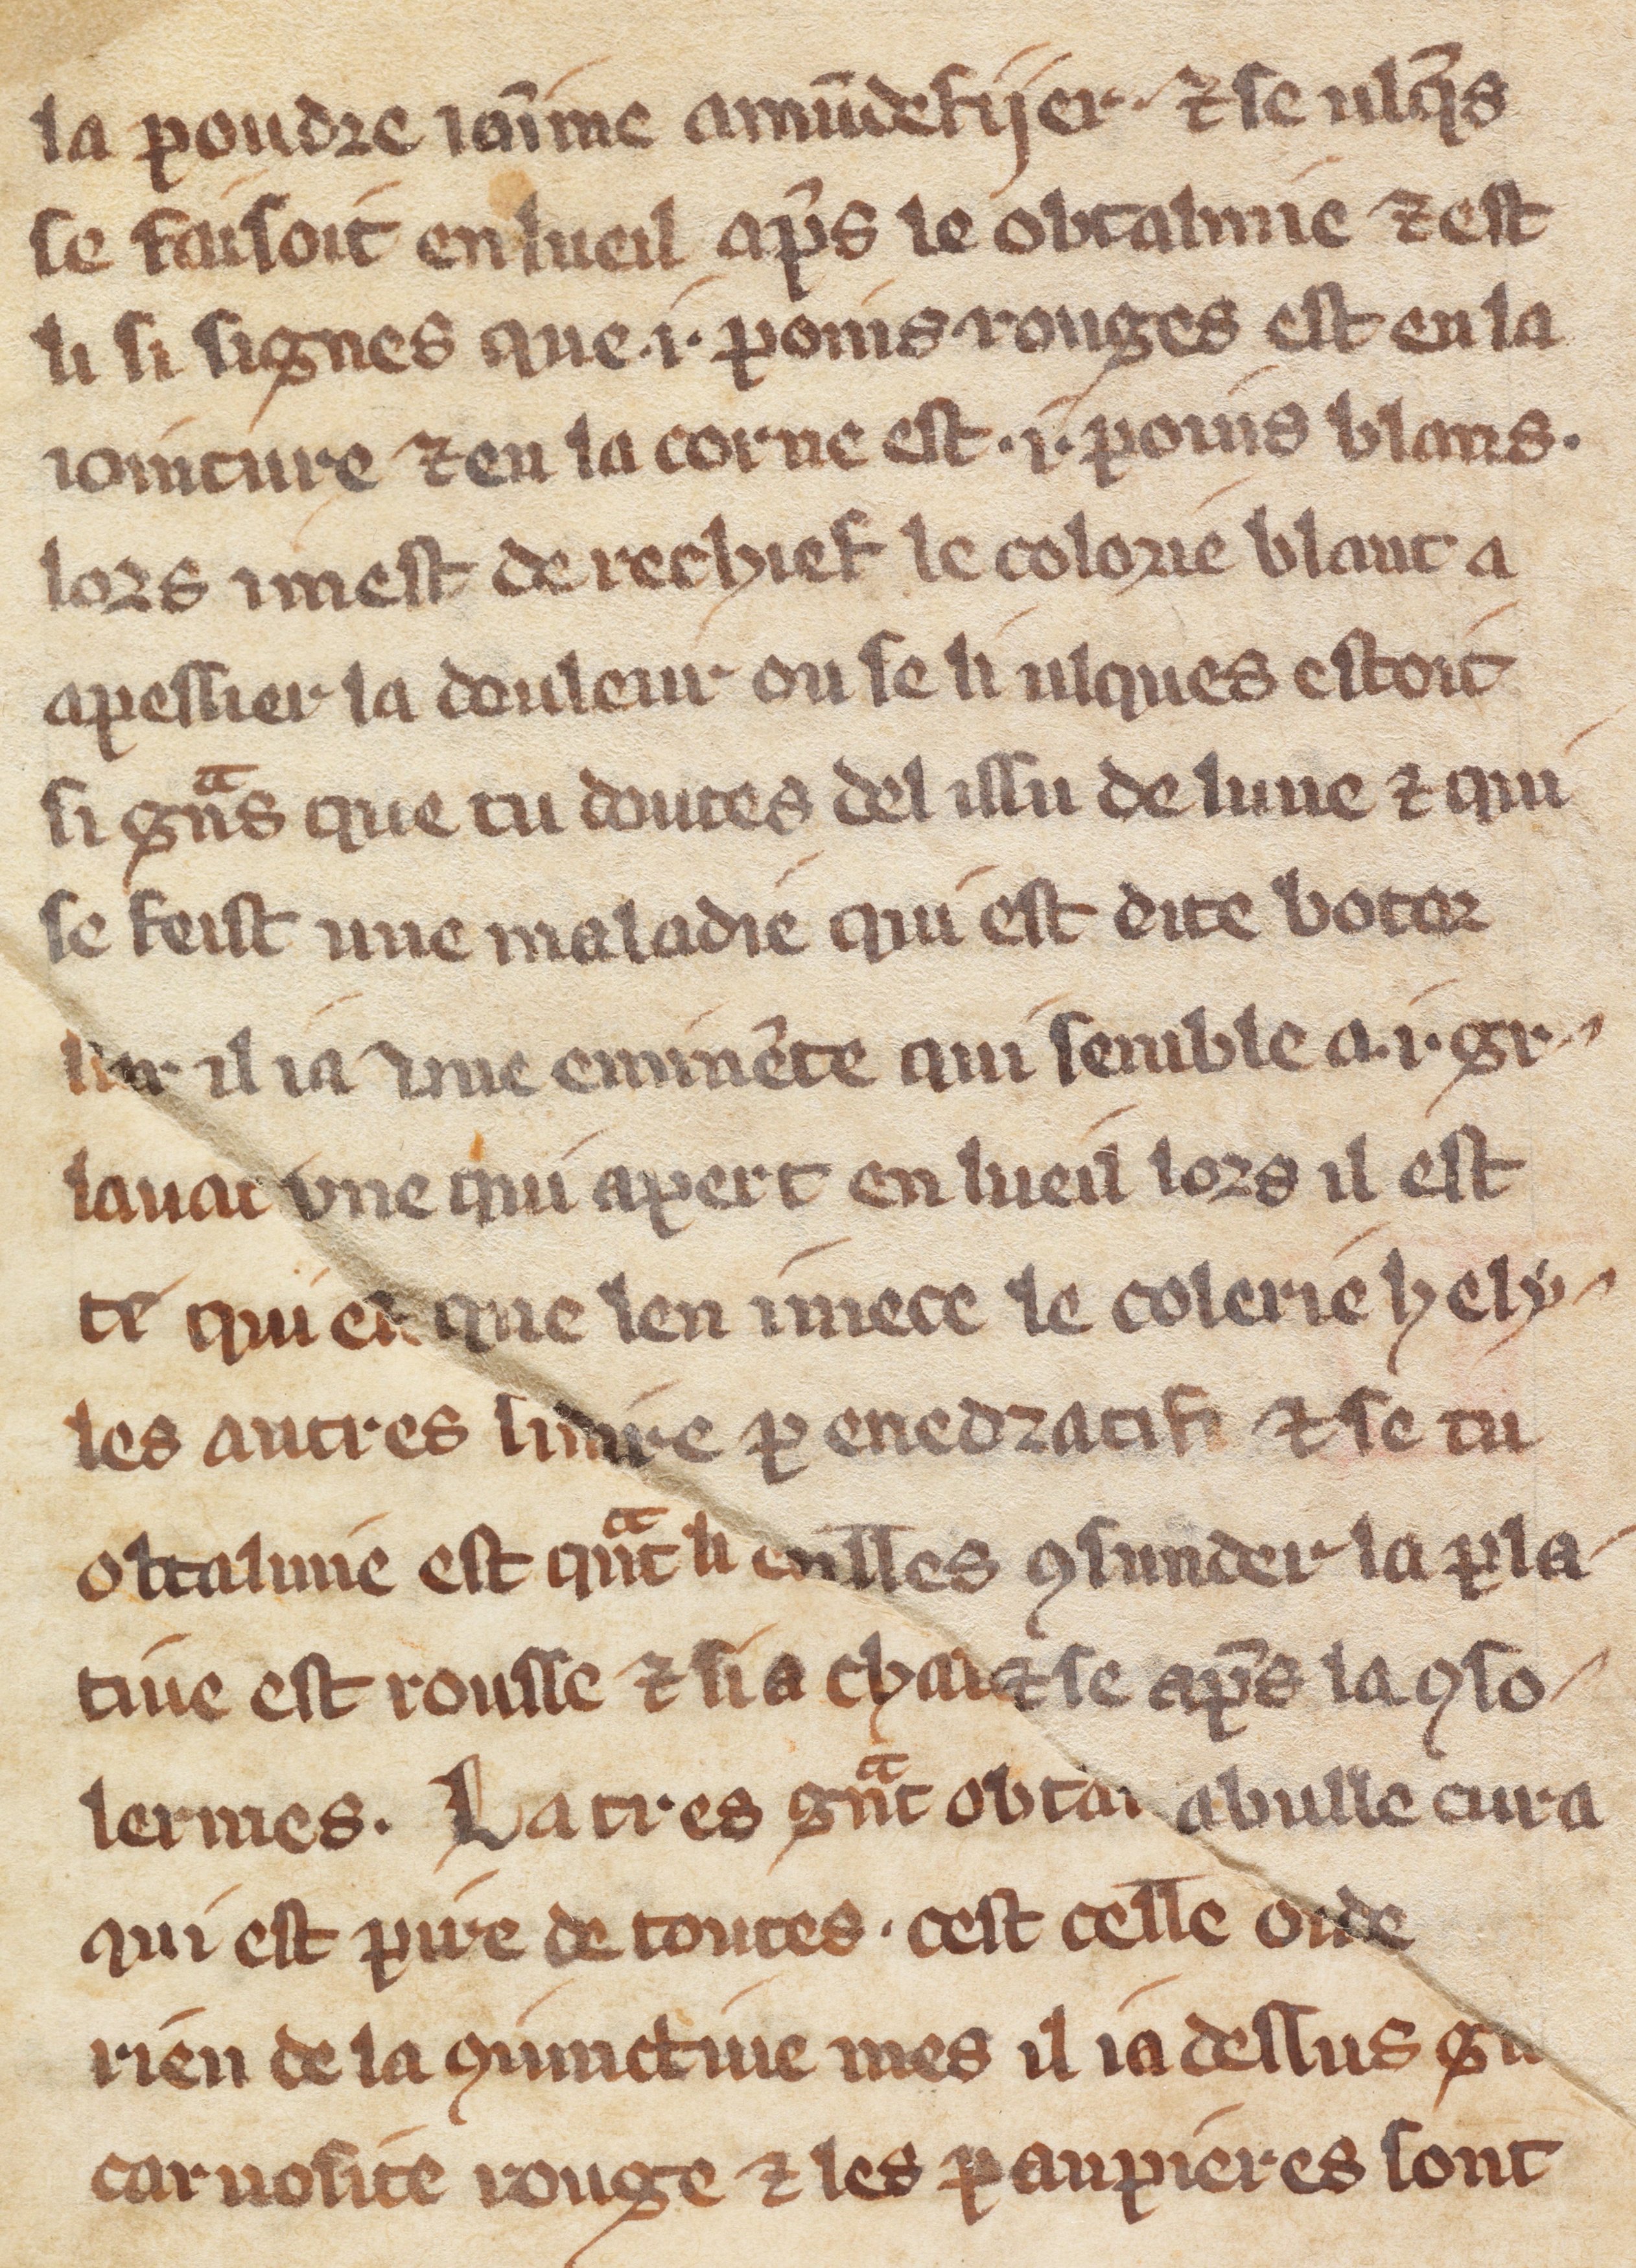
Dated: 1300–1330